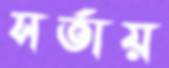
সর্তায়